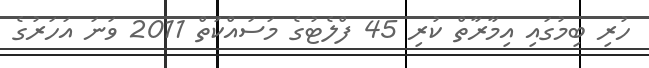
ހުރި ބިމުގައި އިމާރާތް ކުރި 45 ފްލެޓުގެ މަސައްކަތް 2011 ވަނަ އަހަރުގެ